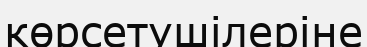
көрсетушілеріне